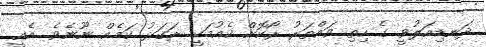
ދަނޑިއަލުވީ ގެ ހިތި ވައްތަރު ރޯކޮށް ކެއުމަކީ ރަގަޅު ކަމެއް ނޫނެވެ. އެއީ